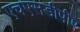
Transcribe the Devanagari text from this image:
एचएसडीपीए